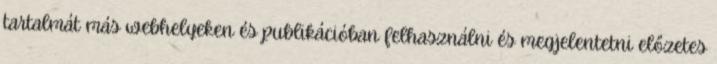
tartalmát más webhelyeken és publikációban felhasználni és megjelentetni előzetes